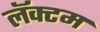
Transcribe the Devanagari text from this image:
लॅक्टम